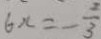
6 x = - \frac { 2 } { 3 }